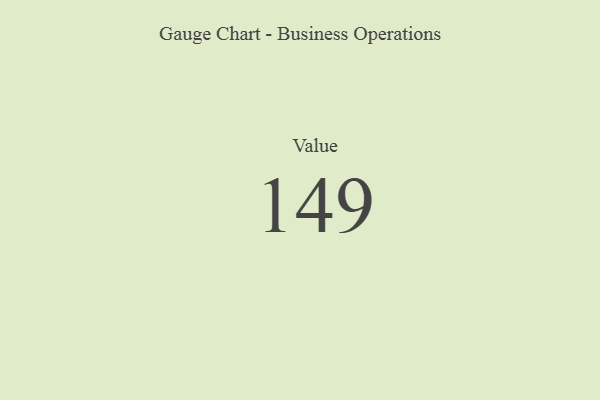
{"axis": {"x": "Metric", "y": "Value"}, "legend": [""], "data": [{"x": "Value", "y": 149, "type": ""}]}